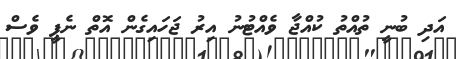
އަދި ބުނީ ތުއްތު ކުއްޖާ ވެއްޓުނު އިރު ޖަހައިގެން އޮތް ނެޕީ ވެސް